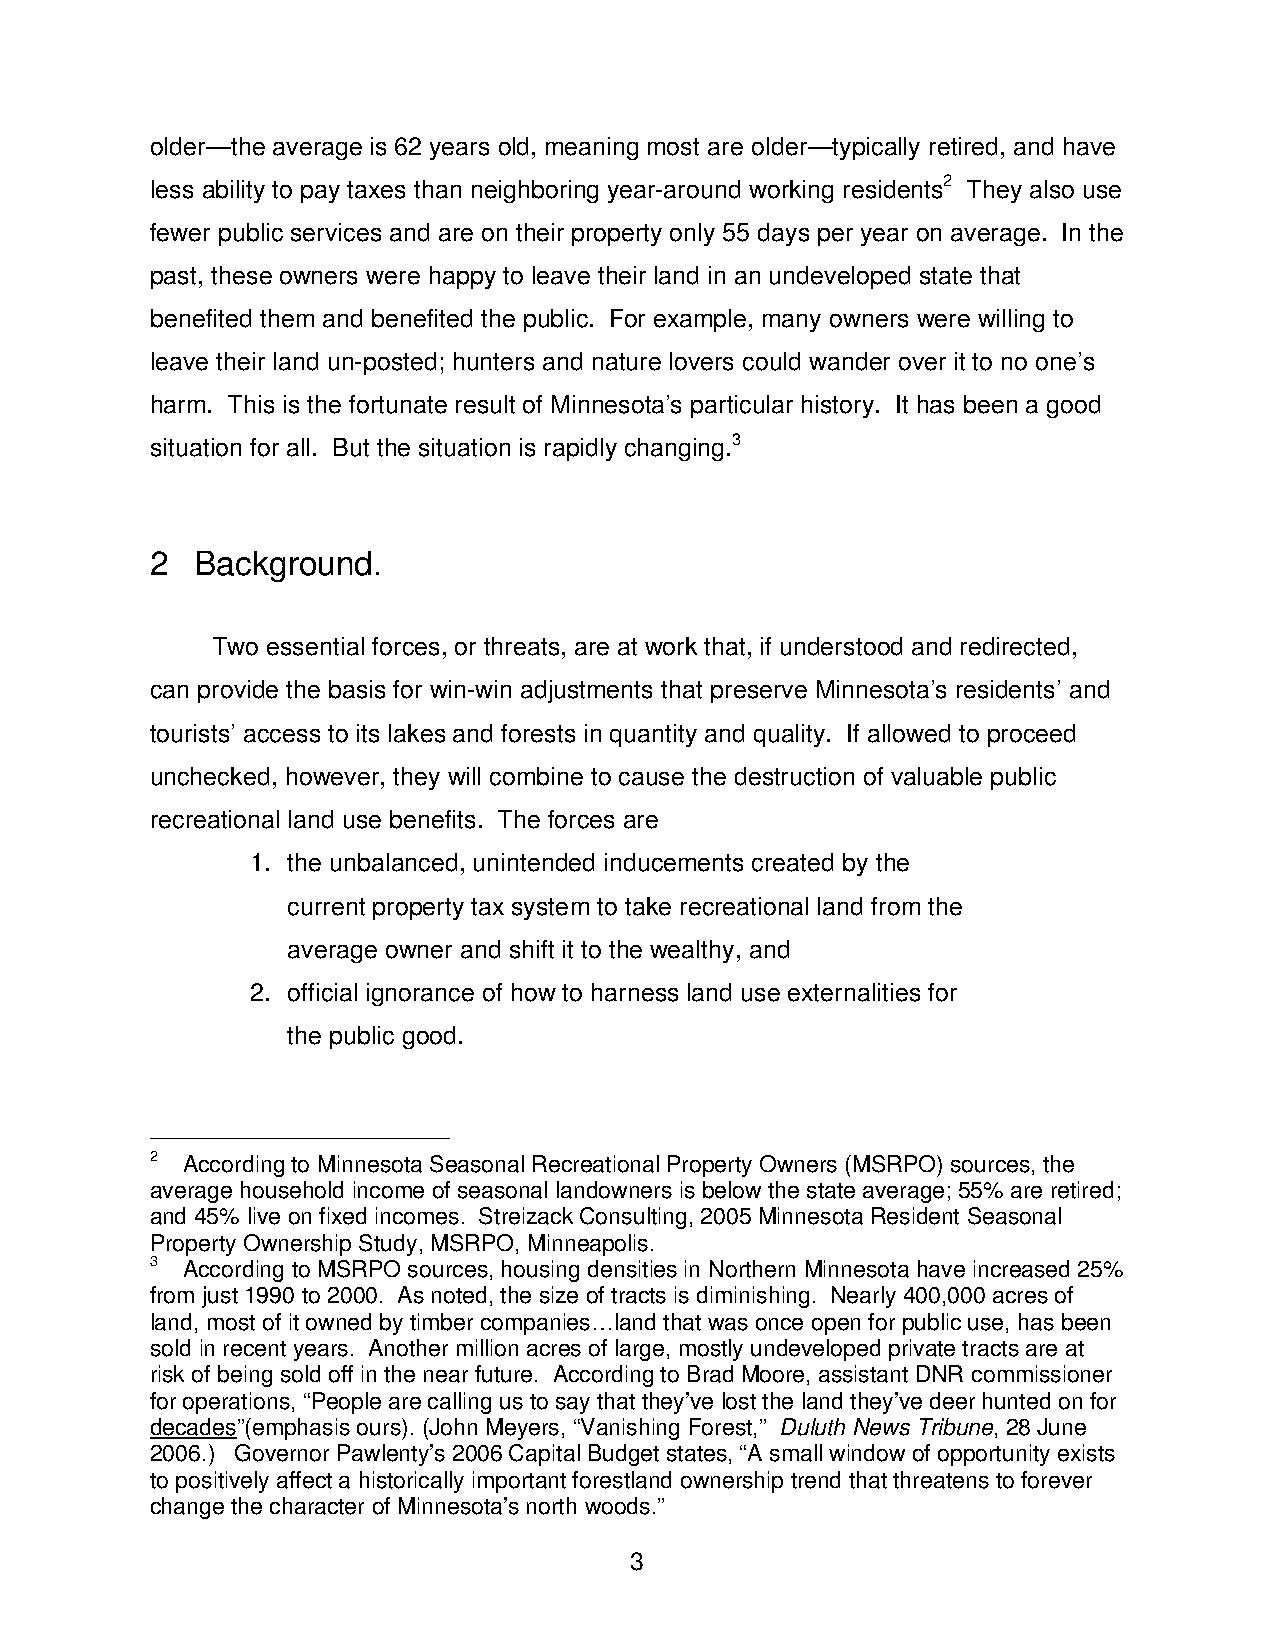
older—the average is 62 years old, meaning most are older—typically retired, and have
 less ability to pay taxes than neighboring year-around working residents2 They also use
 fewer public services and are on their property only 55 days per year on average. In the
 past, these owners were happy to leave their land in an undeveloped state that
 benefited them and benefited the public. For example, many owners were willing to
 leave their land un-posted; hunters and nature lovers could wander over it to no one’s
 harm. This is the fortunate result of Minnesota’s particular history. It has been a good
 situation for all. But the situation is rapidly changing.3
 2  Background.
 Two essential forces, or threats, are at work that, if understood and redirected,
 can provide the basis for win-win adjustments that preserve Minnesota’s residents’ and
 tourists’ access to its lakes and forests in quantity and quality. If allowed to proceed
 unchecked, however, they will combine to cause the destruction of valuable public
 recreational land use benefits. The forces are
 1. the unbalanced, unintended inducements created by the
 current property tax system to take recreational land from the
 average owner and shift it to the wealthy, and
 2. official ignorance of how to harness land use externalities for
 the public good.
 2 According to Minnesota Seasonal Recreational Property Owners (MSRPO) sources, the
 average household income of seasonal landowners is below the state average; 55% are retired;
 and 45% live on fixed incomes. Streizack Consulting, 2005 Minnesota Resident Seasonal
 Property Ownership Study, MSRPO, Minneapolis.
 3 According to MSRPO sources, housing densities in Northern Minnesota have increased 25%
 from just 1990 to 2000. As noted, the size of tracts is diminishing. Nearly 400,000 acres of
 land, most of it owned by timber companies…land that was once open for public use, has been
 sold in recent years. Another million acres of large, mostly undeveloped private tracts are at
 risk of being sold off in the near future. According to Brad Moore, assistant DNR commissioner
 for operations, “People are calling us to say that they’ve lost the land they’ve deer hunted on for
 decades”(emphasis ours). (John Meyers, “Vanishing Forest,” Duluth News Tribune, 28 June
 2006.) Governor Pawlenty’s 2006 Capital Budget states, “A small window of opportunity exists
 to positively affect a historically important forestland ownership trend that threatens to forever
 change the character of Minnesota’s north woods.”
 3